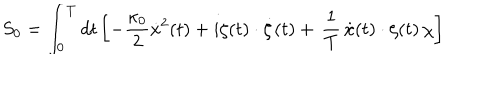
LaTeX: S _ { 0 } = \int _ { 0 } ^ { T } d t \left[ - \frac { \kappa _ { 0 } } { 2 } \dot { x } ^ { 2 } ( t ) + i \zeta ( t ) \cdot \dot { \zeta } ( t ) + \, \frac { 1 } { T } \, \dot { x } ( t ) \cdot \zeta ( t ) \, \chi \right]